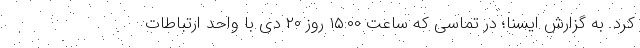
کرد. به گزارش ایسنا؛ در تماسی که ساعت ۱۵:۰۰ روز ۲۰ دی با واحد ارتباطات